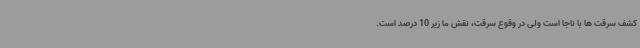
کشف سرقت ها با ناجا است ولی در وقوع سرقت، نقش ما زیر 10 درصد است.